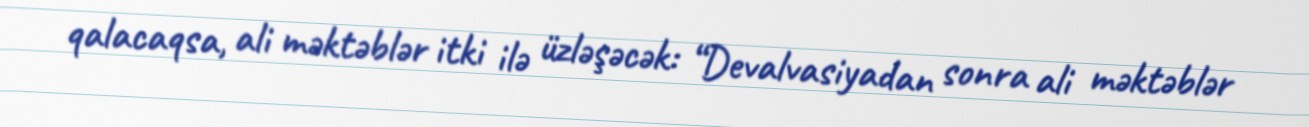
qalacaqsa, ali məktəblər itki ilə üzləşəcək: “Devalvasiyadan sonra ali məktəblər